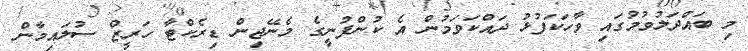
މި ބައްދަލުވުމުގައި ވާހަކަފުޅު ދައްކަވަމުން އެ ކުންފުނީގެ މެނޭޖިން ޑިރެކްޓާ ހަރީޒް ސުލައިމާން